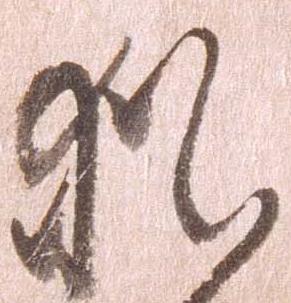
猶